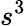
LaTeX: s^{3}